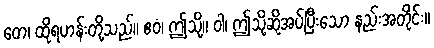
တေ၊ ထိုရဟန်းတို့သည်။ ဧဝံ၊ ဤသို့။ ဝါ၊ ဤသို့ဆိုအပ်ပြီးသော နည်းအတိုင်း။